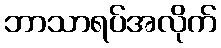
ဘာသာရပ်အလိုက်